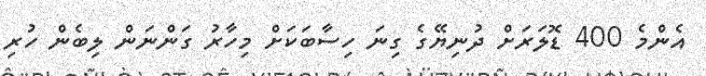
އެންމެ 400 ޑޮލަރަށް ދުނިޔޭގެ ގިނަ ހިސާބަކަށް މިހާރު ގަންނަން ލިބެން ހުރި